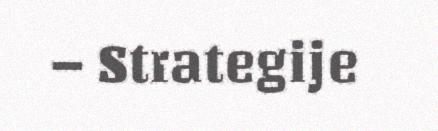
– Strategije